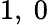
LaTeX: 1,\ 0